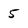
Character: 5